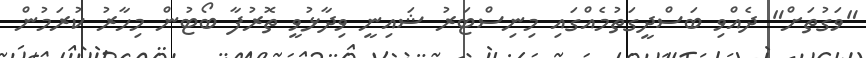
"ވަގުތަށް" ދެއްވި ބަސްދީގަތުމެއްގައި މިނިސްޓަރު ޝައިނީ ވިދާޅުވީ ތޮރުފާ ބޯޓުން މިހާރު ކުރަމުން